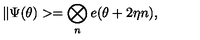
\| \Psi ( \theta ) > = \bigotimes _ { n } e ( \theta + 2 \eta n ) ,